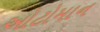
ઓટોમાન